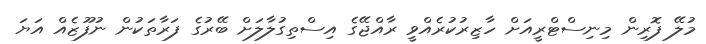
މުލޭ ފޮރިން މިނިސްޓްރީއަށް ހާޒިރުކުރެއްވީ ރާއްޖޭގެ އިސްތިގުލާލަށް ބޭރުގެ ފަރާތަކުން ނުފޫޒެއް އަޔަ